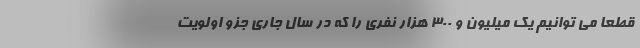
قطعا می توانیم یک میلیون و ۳۰۰ هزار نفری را که در سال جاری جزو اولویت